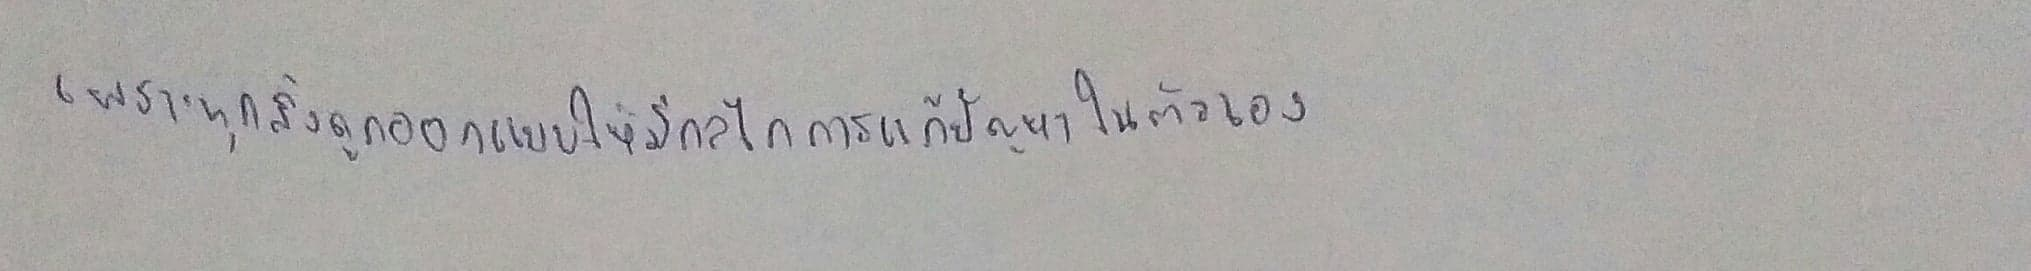
เพราะทุกสิ่งถูกออกแบบมาให้มีกลไกการแก้ปัญหาในตัวเอง